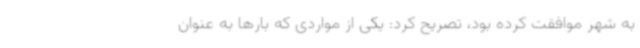
به شهر موافقت کرده بود، تصریح کرد: یکی از مواردی که بارها به عنوان